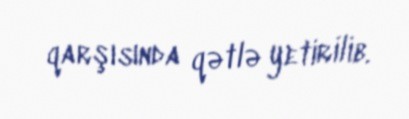
qarşısında qətlə yetirilib.